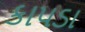
કાપડા